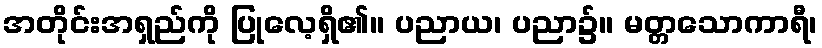
အတိုင်းအရှည်ကို ပြုလေ့ရှိ၏။ ပညာယ၊ ပညာ၌။ မတ္တသောကာရီ၊